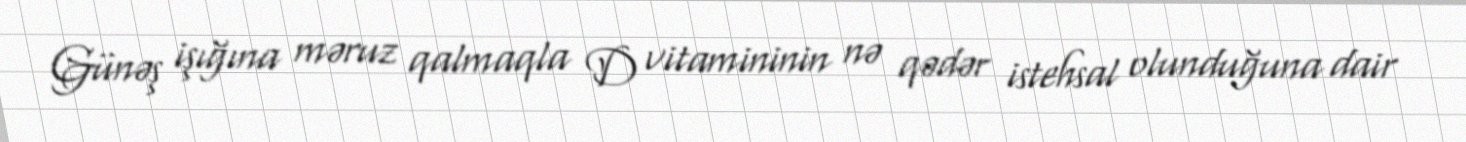
Günəş işığına məruz qalmaqla D vitamininin nə qədər istehsal olunduğuna dair